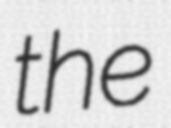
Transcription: the